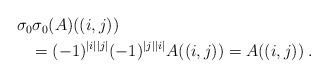
LaTeX: \begin{align*}\begin{multlined}\sigma_0\sigma_0(A)((i,j))\\= (-1)^{|i||j|}(-1)^{|j||i|} A((i,j))=A((i,j))\;.\end{multlined}\end{align*}